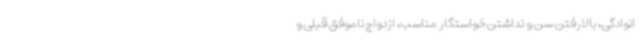
انوادگی، بالارفتن سن و نداشتن خواستگار مناسب، ازدواج ناموفق قبلی و